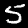
Digit: 5